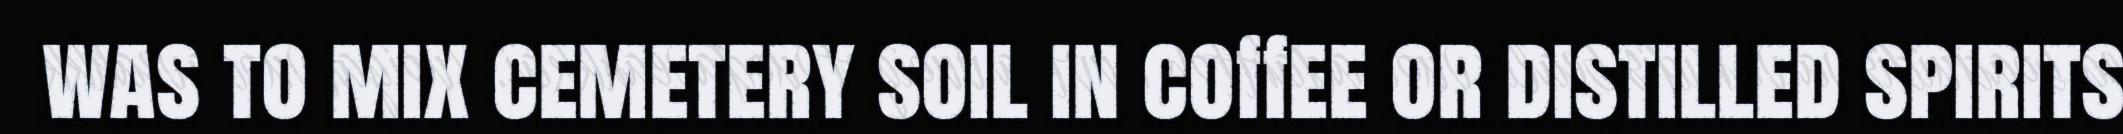
was to mix cemetery soil in coffee or distilled spirits